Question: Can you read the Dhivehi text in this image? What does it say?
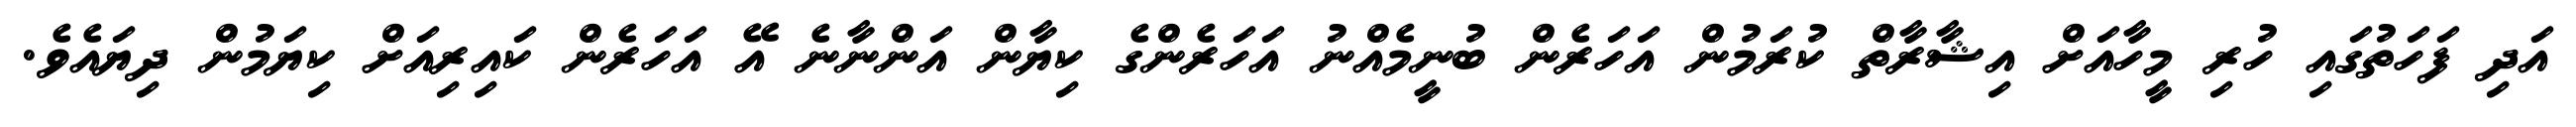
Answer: އަދި ފަހަތުގައި ހުރި މީހާއަށް އިޝާރާތް ކުރަމުން އަހަރެން ބުނީމެއްނު އަހަރެންގެ ކިޔާން އަންނާނެ އޭ އަހަރެން ކައިރިއަށް ކިޔަމުން ދިޔައެވެ.